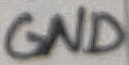
Text: GND